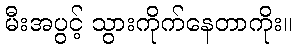
မီးအပွင့် သွားကိုက်နေတာကိုး။